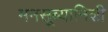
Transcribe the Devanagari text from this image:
मनसूब्यानिशी